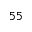
^ { 5 5 }